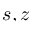
s , z